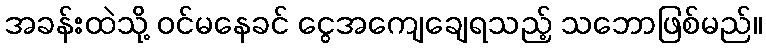
အခန်းထဲသို့ ဝင်မနေခင် ငွေအကျေချေရသည့် သဘောဖြစ်မည်။